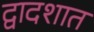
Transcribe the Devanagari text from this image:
द्वादशात